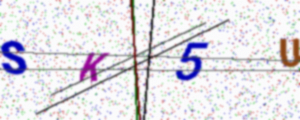
Text: SK5U